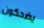
يضحكون